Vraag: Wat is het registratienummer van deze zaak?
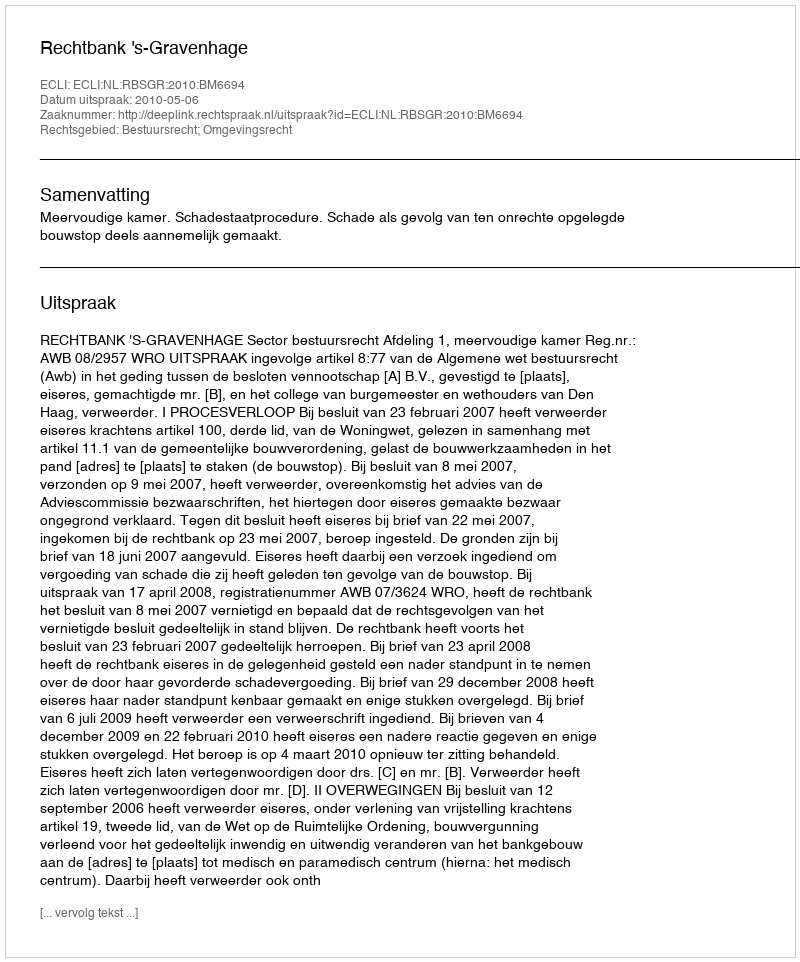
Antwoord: http://deeplink.rechtspraak.nl/uitspraak?id=ECLI:NL:RBSGR:2010:BM6694